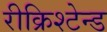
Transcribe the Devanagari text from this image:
रीक्रिश्टेन्ड